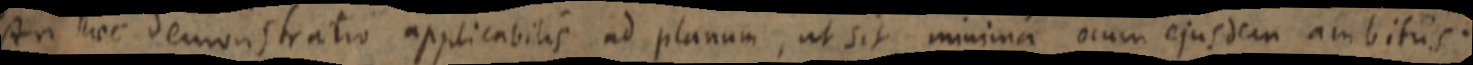
An haec demonstratio applicabilis ad planum, ut sit minima ocum ejusdem ambitus.